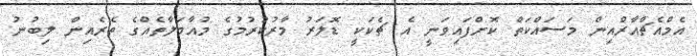
އެމްއެޗްއާރްއިން މަސައްކަތް ކޮށްފައިވަނީ އެ ޗެކަކީ ޑޮލަރު މާރުކުރުމުގެ މުއާމަލާތެއްގެ ތެރެއިން ލިބުނު